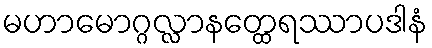
မဟာမောဂ္ဂလ္လာနတ္ထေရဿာပဒါနံ